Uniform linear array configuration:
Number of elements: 48
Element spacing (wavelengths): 0.5
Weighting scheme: kaiser
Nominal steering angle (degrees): -60
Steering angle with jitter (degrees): -58.006
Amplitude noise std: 0.05
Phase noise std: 0.05

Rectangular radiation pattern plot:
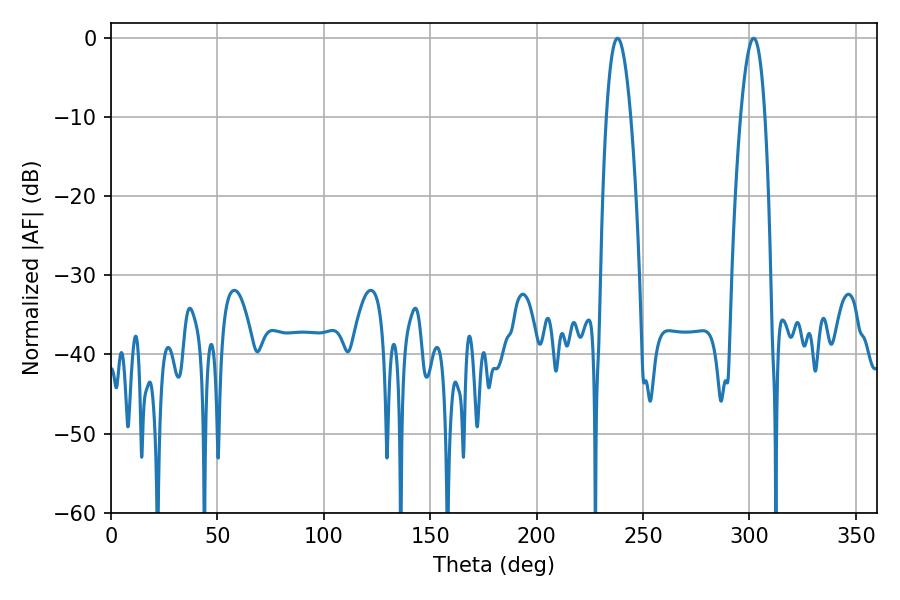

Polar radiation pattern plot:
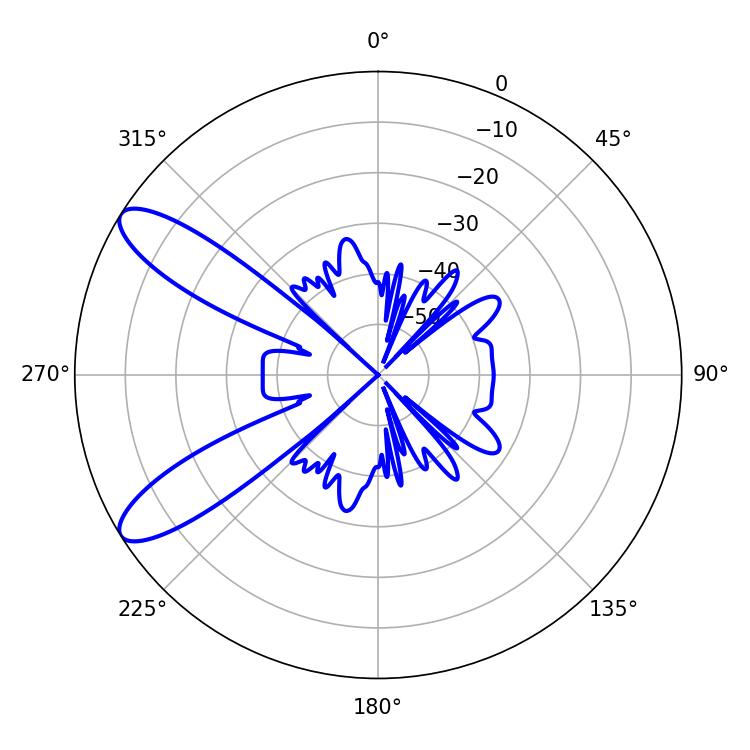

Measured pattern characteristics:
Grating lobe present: FALSE
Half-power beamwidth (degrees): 6.3
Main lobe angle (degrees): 237.96